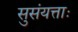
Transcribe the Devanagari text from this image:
सुसंयत्ताः